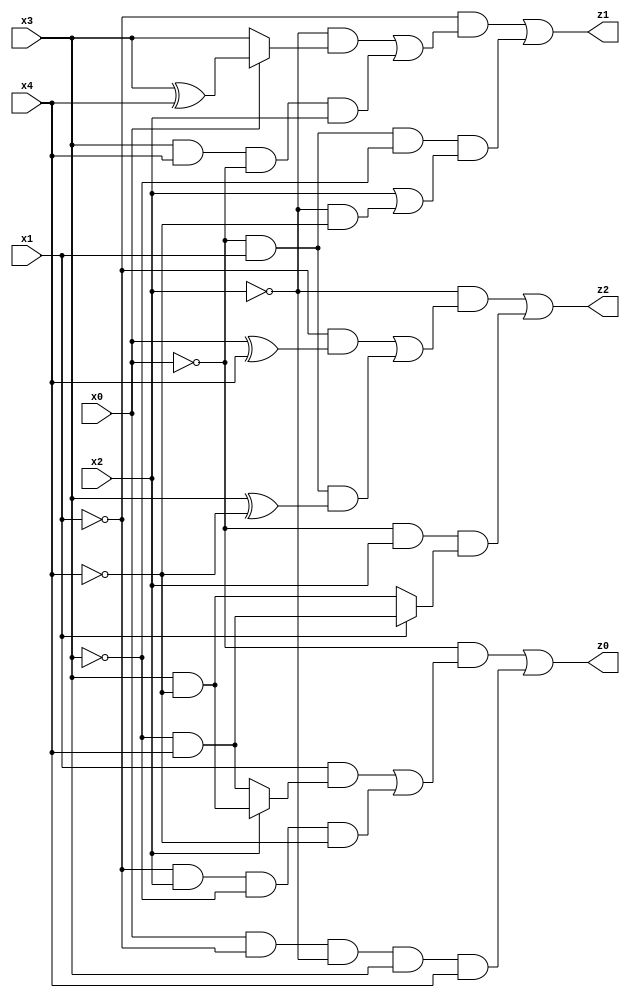
// Benchmark "res" written by ABC on Mon Jul 10 22:36:45 2023

module res ( 
    x0, x1, x2, x3, x4,
    z0, z1, z2  );
  input  x0, x1, x2, x3, x4;
  output z0, z1, z2;
  assign z0 = (~x0 & ((x1 & (x2 ? (x3 & ~x4) : (~x3 & x4))) | (~x1 & x2 & ~x3 & ~x4))) | (x0 & ~x1 & ~x2 & x3 & x4);
  assign z1 = (~x1 & ((~x2 & (x0 ? (x3 ^ x4) : x3)) | (x3 & x4 & ~x0 & x2))) | (~x0 & x1 & ~x3 & (x2 | (~x2 & ~x4)));
  assign z2 = (~x2 & ((~x1 & (x0 ^ x4)) | (~x0 & x1 & (x3 ^ ~x4)))) | (~x0 & x2 & (x1 ? (~x3 & x4) : (x3 & ~x4)));
endmodule